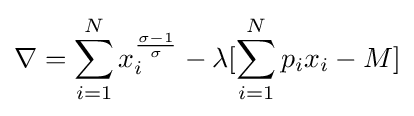
\nabla =\sum _{i=1}^{N}x_{i}^{\frac {\sigma -1}{\sigma }}-\lambda [\sum _{i=1}^{N}p_{i}x_{i}-M]